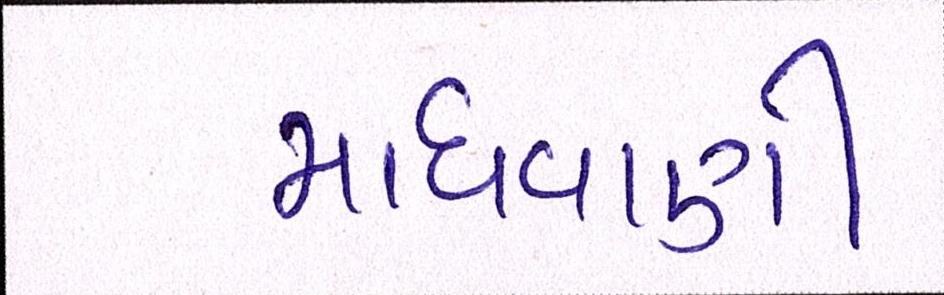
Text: માધવાણી